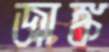
জাঙ্ক